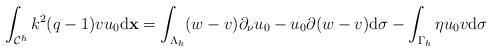
\begin{align*} \int_{\mathcal C^h}k^2(q-1)vu_0\mathrm d\mathbf x=\int_{\Lambda _h}(w-v)\partial_\nu u_0-u_0\partial(w-v)\mathrm d\sigma-\int_{\Gamma_h}\eta u_0v\mathrm d\sigma \end{align*}